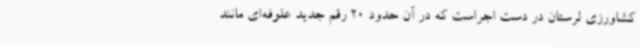
کشاورزی لرستان در دست اجراست که در آن حدود 20 رقم جدید علوفه‌ای مانند